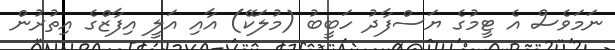
ނަމަވެސް އެ ޓީމުގެ ޔަސްފާދު ހަބީބު (މުލަކޭ) އާއި އަލީ އިފާޒްގެ އިތުރުން